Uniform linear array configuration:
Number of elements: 24
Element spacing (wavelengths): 0.5
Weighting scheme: kaiser
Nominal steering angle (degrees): -15
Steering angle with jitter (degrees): -13.221
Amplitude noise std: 0.05
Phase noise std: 0.05

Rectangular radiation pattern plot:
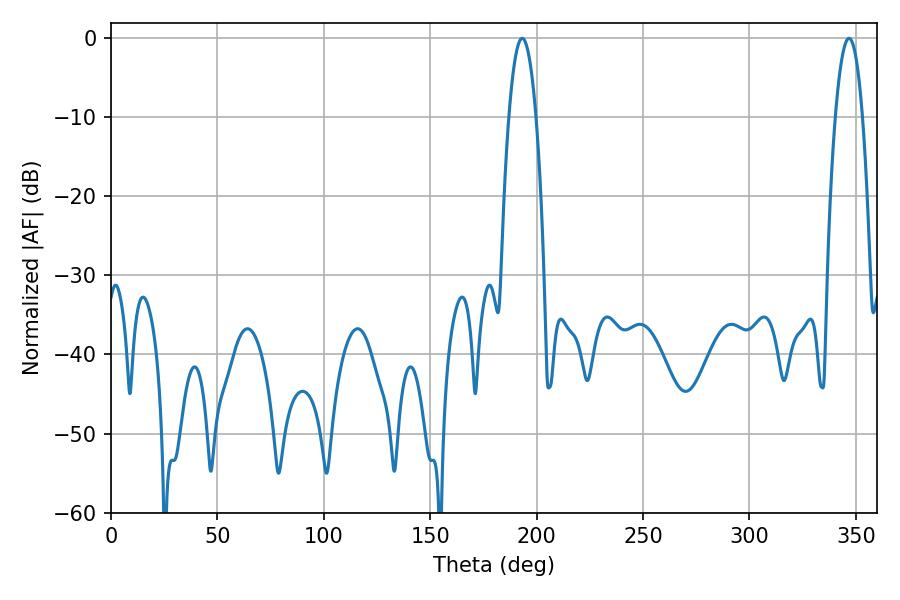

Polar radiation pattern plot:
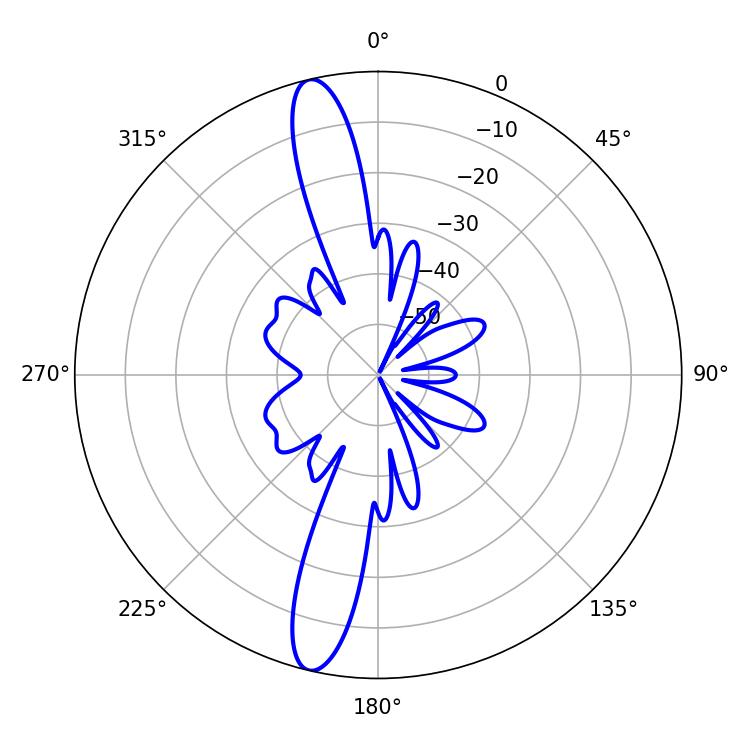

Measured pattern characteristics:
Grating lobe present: FALSE
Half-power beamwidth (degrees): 7.02
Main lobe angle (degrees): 193.14